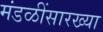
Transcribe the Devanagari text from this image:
मंडळींसारख्या